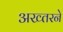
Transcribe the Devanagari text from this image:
अख्तरने